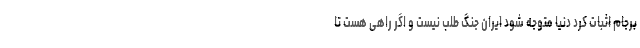
برجام اثبات کرد دنیا متوجه شود ایران جنگ طلب نیست و اگر راهی هست تا